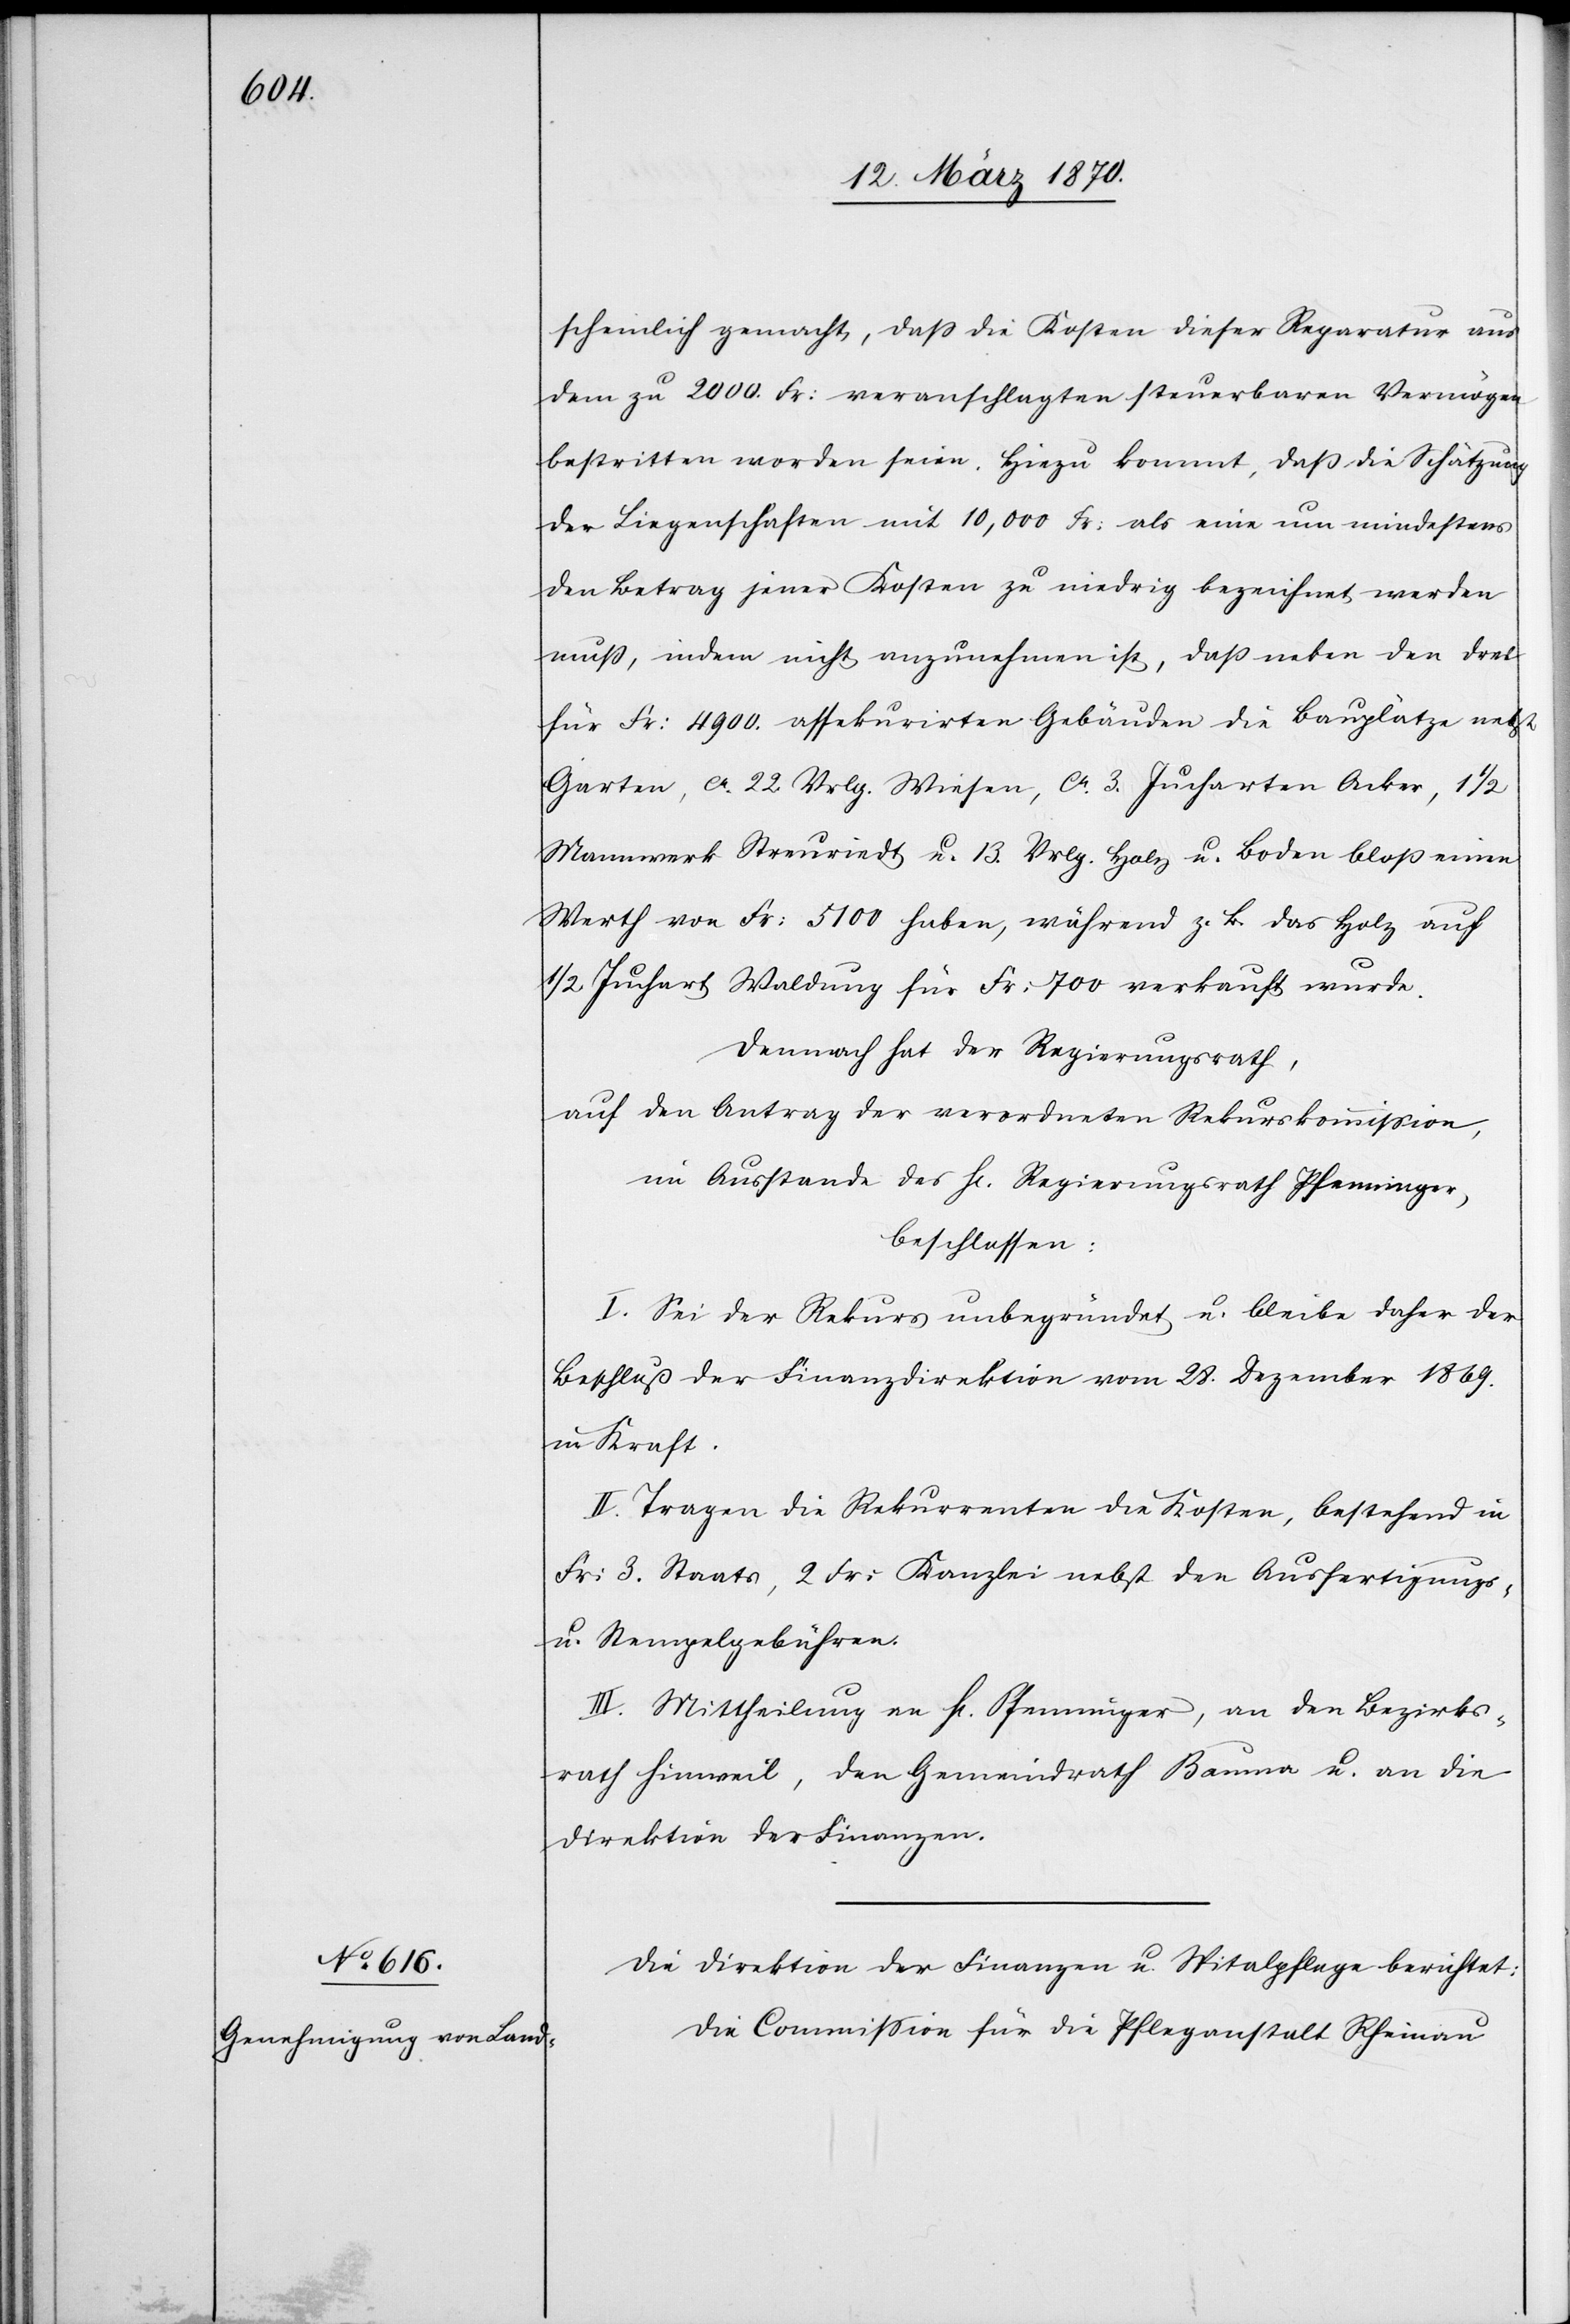
scheinlich gemacht, daß die Kosten dieser Reparatur aus
dem zu 2000. Fr: veranschlagten steuerbaren Vermögen
bestritten worden seien. Hiezu kommt, daß die Schätzung
der Liegenschaften mit 10,000 Fr: als eine um mindestens
den Betrag jener Kosten zu niedrig bezeichnet werden
muß, indem nicht anzunehmen ist, daß neben den drei
für Fr: 4999 assekurirten Gebäuden die Bauplätze nebst
Garten, ca. 22 Vrlg. Wiesen, ca. 3. Jucharten Acker, 1 1/2
Mannwerk Streuriedt u. 13. Vrlg. Holz u. Boden bloß einen
Werth von Fr: 5100 haben, während z. B. das Holz auf
1/2 Juchart Waldung für Fr: 700 verkauft wurde.
Demnach hat der Regierungsrath,
auf den Antrag der verordneten Rekurskommission,
im Ausstande des H[errn] Regierungsrath Pfenninger,
beschlossen:
I. Sei der Rekurs unbegründet u. bleibe daher der
Beschluß der Finanzdirektion vom 28. Dezember 1869.
in Kraft.
II. Tragen die Rekurrenten die Kosten, bestehend in
Fr: 3. Staats[-], 2 Fr: Kanzlei[-] nebst den Ausfertiguns-
u. Stempelgebühren.
III. Mittheilung an H[errn] Pfenninger, an den Bezirks¬
rath Hinweil, den Gemeindrath Bauma u. an die
Direktion der Finanzen.
Die Direktion der Finanzen u. Spitalpflege berichtet:
Die Commission für die Pfleganstalt Rheinau